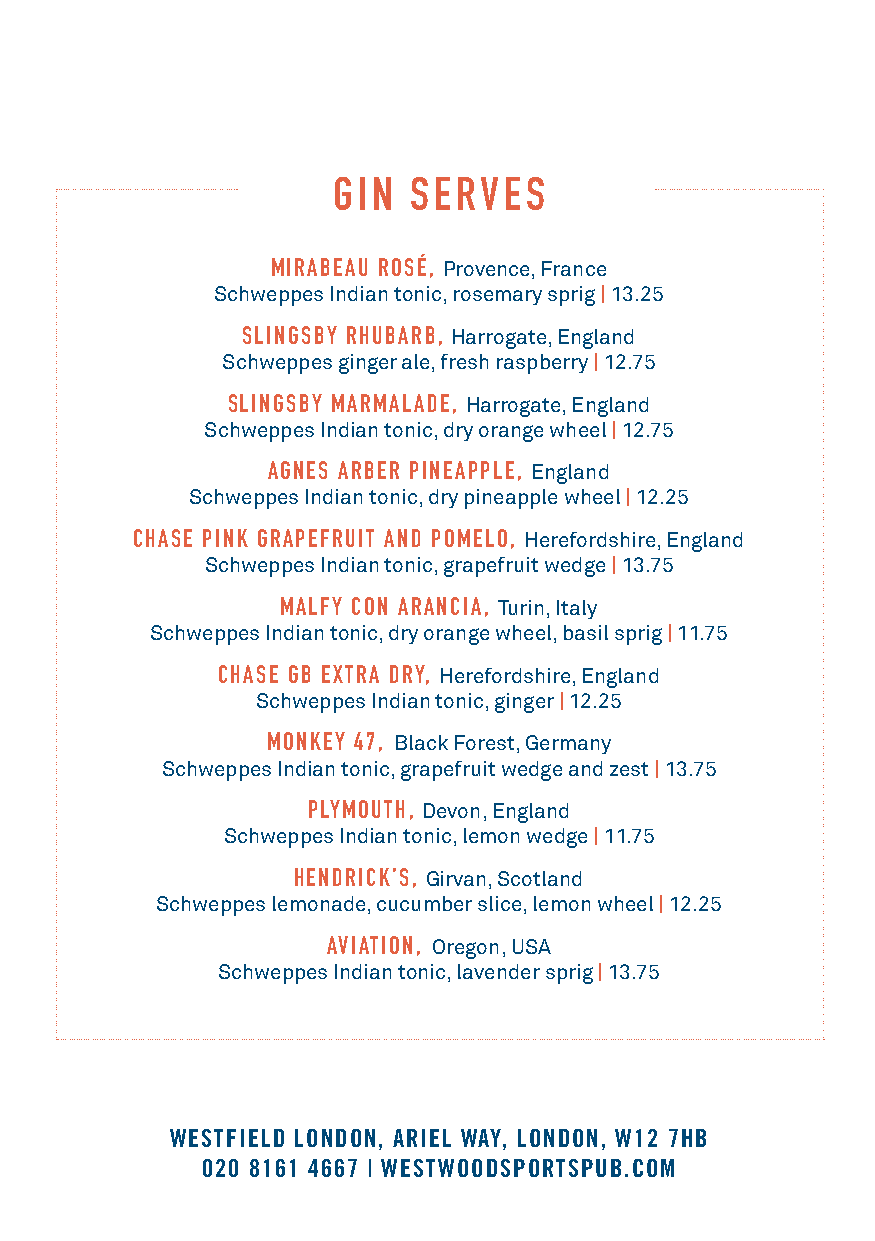
GIN  SERVES
 MIRABEAU ROSÉ, Provence, France
 Schweppes Indian tonic, rosemary sprig | 13.25
 SLINGSBY RHUBARB, Harrogate, England
 Schweppes ginger ale, fresh raspberry | 12.75
 SLINGSBY MARMALADE, Harrogate, England
 Schweppes Indian tonic, dry orange wheel | 12.75
 AGNES ARBER PINEAPPLE, England
 Schweppes Indian tonic, dry pineapple wheel | 12.25
 CHASE PINK GRAPEFRUIT AND POMELO, Herefordshire, England
 Schweppes Indian tonic, grapefruit wedge | 13.75
 MALFY CON ARANCIA, Turin, Italy
 Schweppes Indian tonic, dry orange wheel, basil sprig | 11.75
 CHASE GB EXTRA DRY, Herefordshire, England
 Schweppes Indian tonic, ginger | 12.25
 MONKEY 47, Black Forest, Germany
 Schweppes Indian tonic, grapefruit wedge and zest | 13.75
 PLYMOUTH, Devon, England
 Schweppes Indian tonic, lemon wedge | 11.75
 HENDRICK’S, Girvan, Scotland
 Schweppes lemonade, cucumber slice, lemon wheel | 12.25
 AVIATION, Oregon, USA
 Schweppes Indian tonic, lavender sprig | 13.75
 WESTFIELD LONDON, ARIEL WAY, LONDON, W12 7HB
 020 8161 4667 | WESTWOODSPORTSPUB.COM